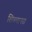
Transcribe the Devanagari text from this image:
शिवमानस